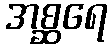
အစ္ဆရေ